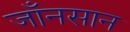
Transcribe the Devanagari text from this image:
जाँनसान